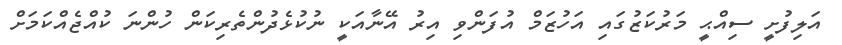
އަލިފުށީ ސިއްޙީ މަރުކަޒުގައި އަހުޒަމް އުފަންވި އިރު އޭނާއަކީ ނުކުޅެދުންތެރިކަން ހުންނަ ކުއްޖެއްކަމަށް